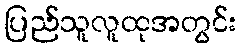
ပြည်သူလူထုအတွင်း